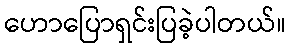
ဟောပြောရှင်းပြခဲ့ပါတယ်။